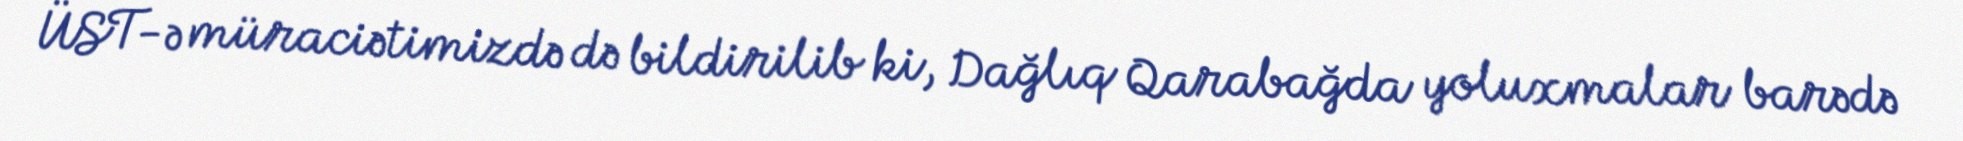
ÜST-ə müraciətimizdə də bildirilib ki, Dağlıq Qarabağda yoluxmalar barədə